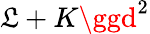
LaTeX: \mathfrak{L}+K\ggd^{2}